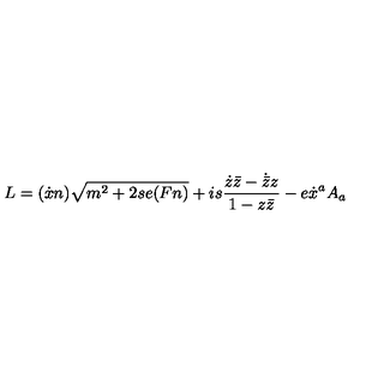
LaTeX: L = ( \dot { x } n ) \sqrt { m ^ { 2 } + 2 s e ( F n ) } + i s \frac { \dot { z } \bar { z } - \dot { \bar { z } } z } { 1 - z \bar { z } } - e \dot { x } ^ { a } A _ { a }